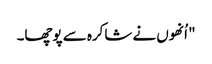
" اُنھوں نے شاکرہ سے پوچھا۔